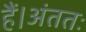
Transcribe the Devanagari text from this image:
हैं।अंततः